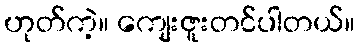
ဟုတ်ကဲ့။ ကျေးဇူးတင်ပါတယ်။